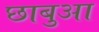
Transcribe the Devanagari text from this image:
छाबुआ